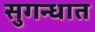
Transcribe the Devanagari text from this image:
सुगन्धात